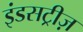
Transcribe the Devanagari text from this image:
इंडसट्रीज़